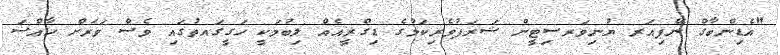
"އެޑިންބާގް ނޭޕިއަރ ޔުނިވަރސިޓީން ޝަރަފުވެރިކަމުގެ ޑިގްރީއެއް ލިބުމަކީ ހަގީގައތުގައި ވެސް ވަރަށް ހާއްސަ